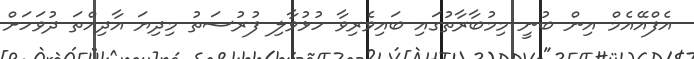
އެފްއޭއެމް އިން ބުނީ މިމުބާރާތުގައި ބައިވެރިވާ ހުޅުވާލި ފުރުސަތު މިދިޔަ އާދިއްތަ ދުވަހަށް